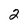
Character: 2